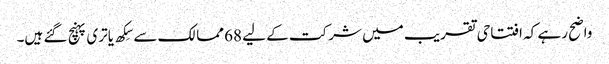
واضح رہے کہ افتتاحی تقریب میں شرکت کے لیے 68 ممالک سے سِکھ یاتری پہنچ گئے ہیں۔